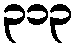
၃၁၃